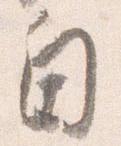
自